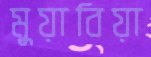
মুয়াবিয়া